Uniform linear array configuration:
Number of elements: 4
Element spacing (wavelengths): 0.5
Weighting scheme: uniform
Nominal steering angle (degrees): -30
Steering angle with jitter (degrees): -31.794
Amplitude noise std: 0.05
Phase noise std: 0.05

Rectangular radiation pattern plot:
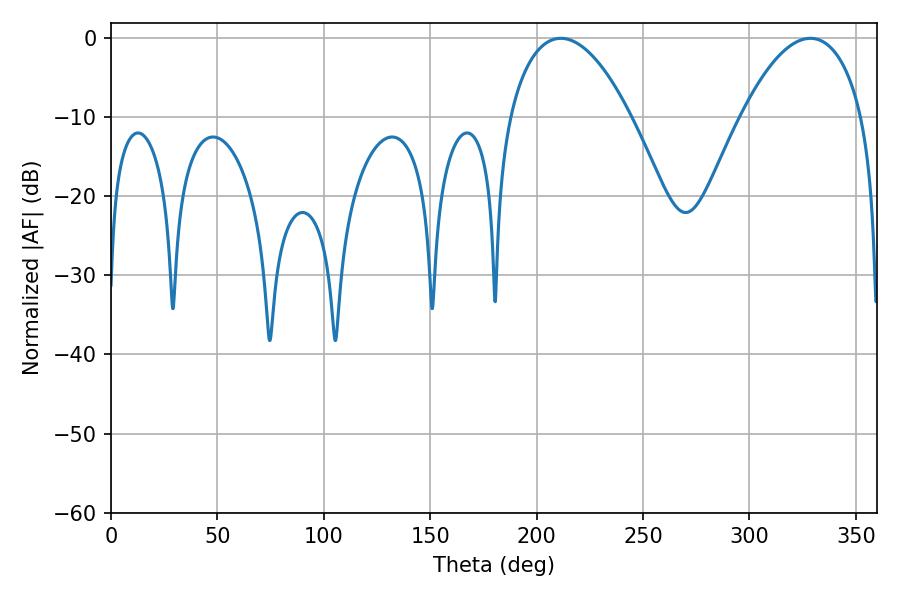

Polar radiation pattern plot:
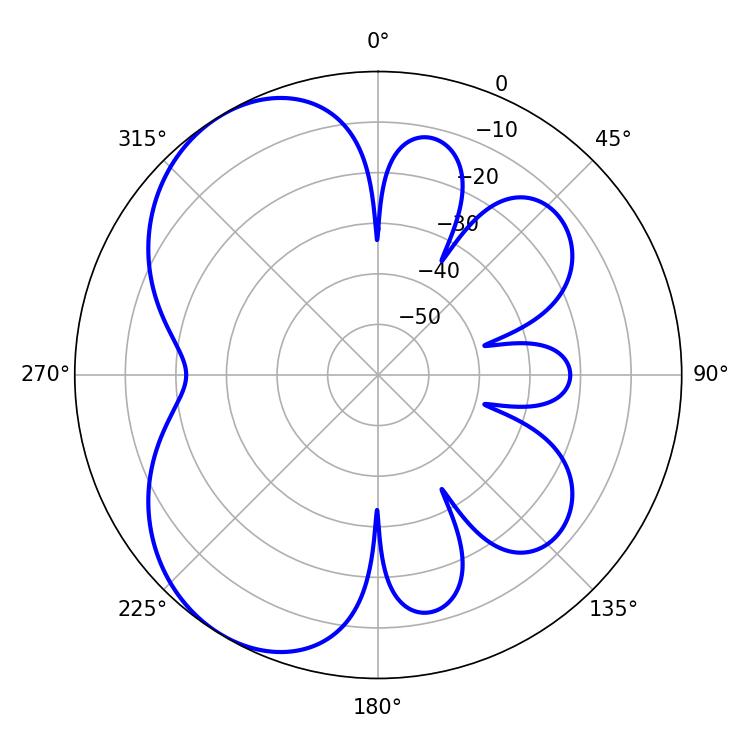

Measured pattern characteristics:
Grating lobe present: FALSE
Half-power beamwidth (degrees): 31.86
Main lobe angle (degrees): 211.32